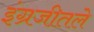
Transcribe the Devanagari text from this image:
इंग्रजीतले